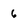
Character: 6